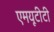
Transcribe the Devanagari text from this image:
एमयूटीटी